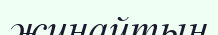
жинайтын